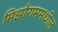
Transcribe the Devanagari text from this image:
मिझोराममधील